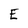
Character: E